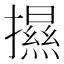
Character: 𢷑